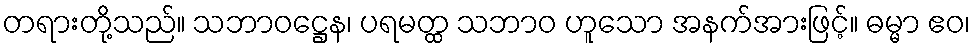
တရားတို့သည်။ သဘာဝဋ္ဌေန၊ ပရမတ္ထ သဘာဝ ဟူသော အနက်အားဖြင့်။ ဓမ္မာ ဧဝ၊